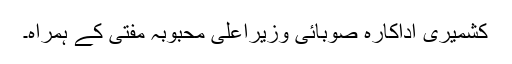
کشمیری اداکارہ صوبائی وزیراعلیٰ محبوبہ مفتی کے ہمراہ۔